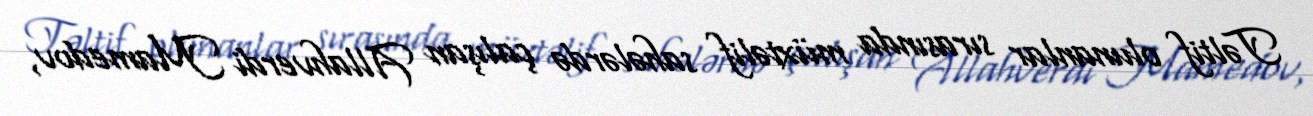
Təltif olunanlar sırasında müxtəlif sahələrdə çalışan Allahverdi Mamedov,